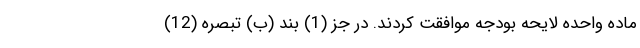
ماده واحده لایحه بودجه موافقت کردند. در جز (1) بند (ب) تبصره (12)